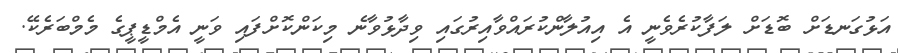
އަޅުގަނޑަށް ބޮޑަށް ލަފާކުރެވެނީ އެ އިއުލާންކުރައްވާއިރުގައި ވިދާޅުވާނެ މިކަންކޮށްފައި ވަނީ އެމްޑީޕީގެ މެމްބަރެކޭ.